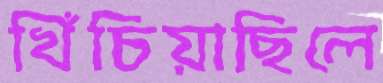
খিঁচিয়াছিলে